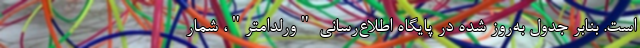
است. بنابر جدول به‌روز شده در پایگاه اطلاع‌رسانی "ورلداُمتر"، شمار